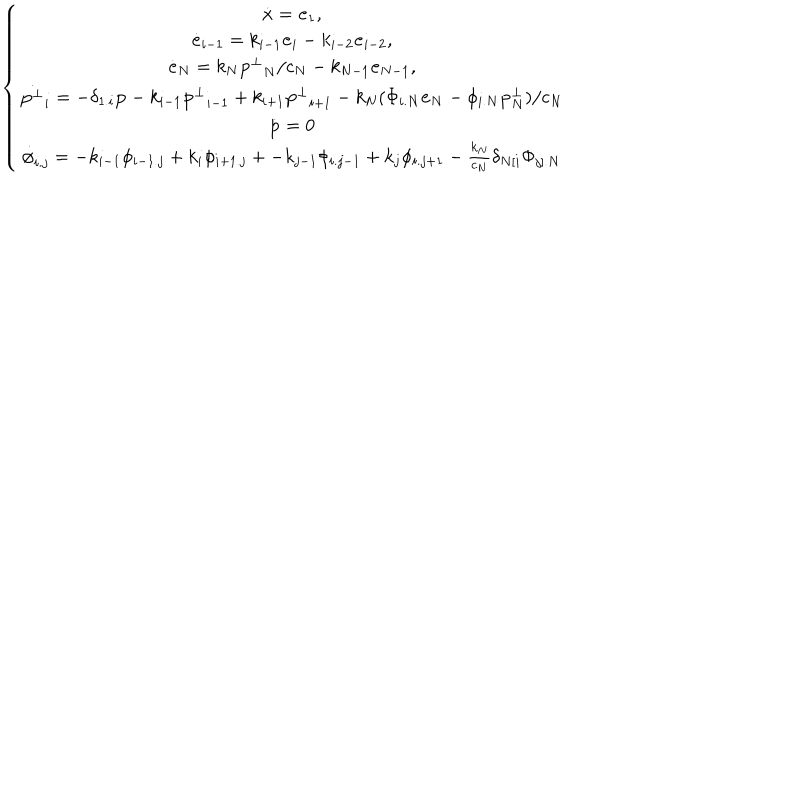
LaTeX: \left\{ \begin{array} { c } { { \dot { \bf x } = { \bf e } _ { 1 } , } } \\ { { \dot { \bf e } _ { i - 1 } = k _ { i - 1 } { \bf e } _ { i } - k _ { i - 2 } { \bf e } _ { i - 2 } , } } \\ { { \dot { \bf e } _ { N } = k _ { N } { { \bf p } ^ { \bot } } _ { N } / c _ { N } - k _ { N - 1 } { \bf e } _ { N - 1 } , } } \\ { { \dot { { \bf p } ^ { \bot } } _ { i } = - \delta _ { 1 . i } { \bf p } - k _ { i - 1 } { { \bf p } ^ { \bot } } _ { i - 1 } + k _ { i + 1 } { { \bf p } ^ { \bot } } _ { i + 1 } - k _ { N } ( \Phi _ { i . N } { \bf e } _ { N } - \phi _ { i . N } { \bf p } _ { N } ^ { \bot } ) / c _ { N } } } \\ { { { \dot { \bf p } } = 0 } } \\ { { { \dot { \phi } } _ { i . j } = - k _ { i - 1 } \phi _ { i - 1 . j } + k _ { i } \phi _ { i + 1 . j } + - k _ { j - 1 } \phi _ { i . j - 1 } + k _ { j } \phi _ { i . j + 1 } - \frac { k _ { N } } { c _ { N } } \delta _ { N [ i } \Phi _ { j ] . N } } } \\ \end{array} \right.